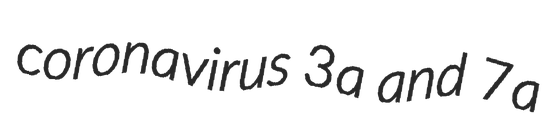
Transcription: coronavirus 3a and 7a